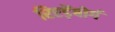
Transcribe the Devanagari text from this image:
रिएड़ेंबोर्ग